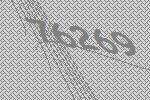
76269